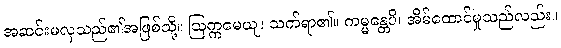
အဆင်းမလှသည်၏အဖြစ်သို့။ ဩက္ကမေယျ၊ သက်ရာ၏။ ကမ္မန္တေပိ၊ အိမ်ထောင်မှုသည်လည်း။